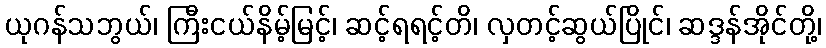
ယုဂန်သဘွယ်၊ ကြီးငယ်နိမ့်မြင့်၊ ဆင့်ရရင့်တိ၊ လှတင့်ဆွယ်ပြိုင်၊ ဆဒ္ဒန်အိုင်တို့၊